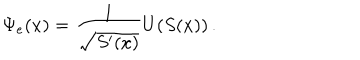
LaTeX: \Psi _ { e } ( x ) = \frac { 1 } { \sqrt { S ^ { \prime } ( x ) } } U ( S ( x ) ) \, .